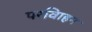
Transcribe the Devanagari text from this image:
परविाहन